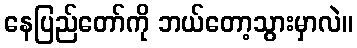
နေပြည်တော်ကို ဘယ်တော့သွားမှာလဲ။